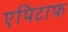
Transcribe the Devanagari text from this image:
एपिटाफ